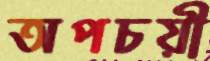
অপচয়ী